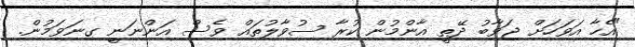
"އެހާ އަވަހަށް ޖަވާބު ދޭތީ އާންމުން ކުރާ ސުވާލުތައް ވެސް އަންނަނީ ގިނަވަމުން.